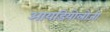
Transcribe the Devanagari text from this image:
आयडियोलोजी